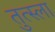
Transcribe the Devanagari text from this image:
तुत्स्ला